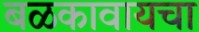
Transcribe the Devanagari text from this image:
बळकावायचा